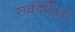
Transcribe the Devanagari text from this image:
सर्वदेशिक